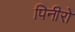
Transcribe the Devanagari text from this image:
पिनीरो